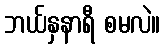
ဘယ်နှနာရီ စမလဲ။